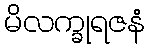
မိလက္ခုရဇနံ